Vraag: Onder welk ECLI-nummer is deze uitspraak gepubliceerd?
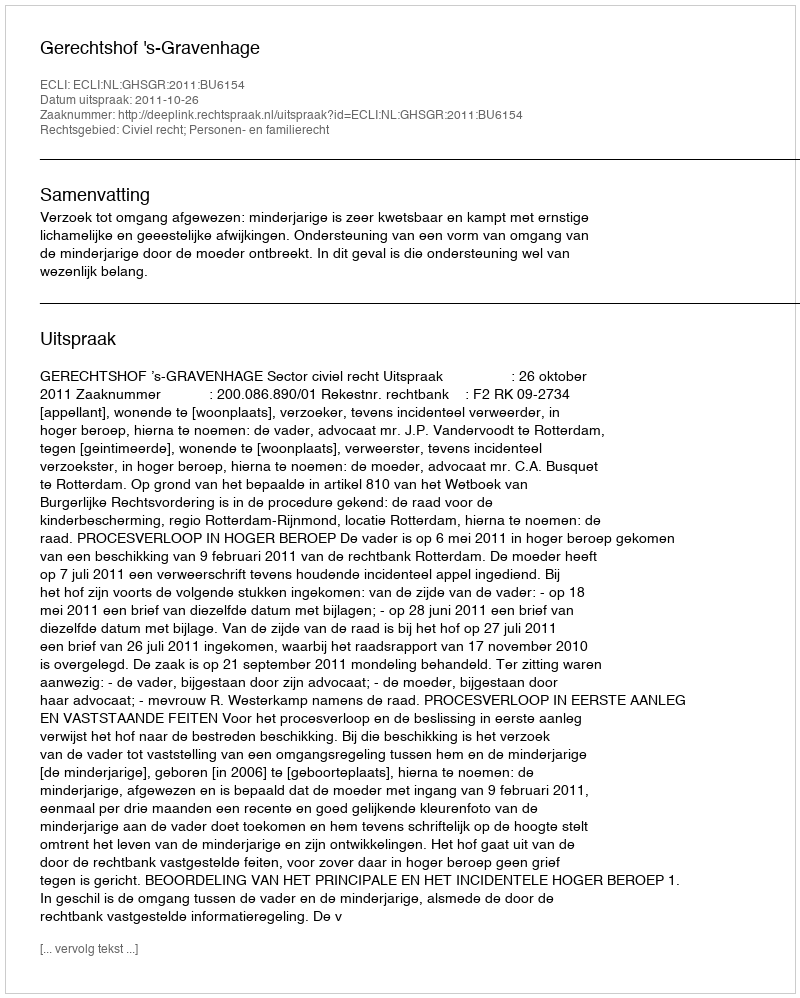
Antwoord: ECLI:NL:GHSGR:2011:BU6154